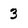
Character: 3